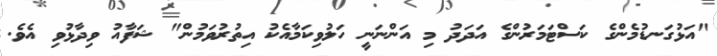
"އަޅުގަނޑުމެންގެ ކަސްޓަމަރުންގެ އަދަދު މި އަންނަނީ ހަލުވިކަމާއެކު އިތުރުވަމުން" ޝަފާއު ވިދާޅުވި އެވެ.